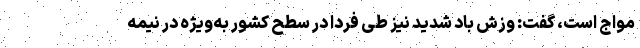
مواج است، گفت: وزش باد شدید نیز طی فردا در سطح کشور به‌ویژه در نیمه